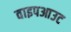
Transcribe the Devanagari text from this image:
वाइपआउट